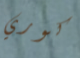
كوري